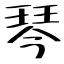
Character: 琴